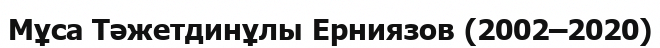
Мұса Тәжетдинұлы Ерниязов (2002–2020)